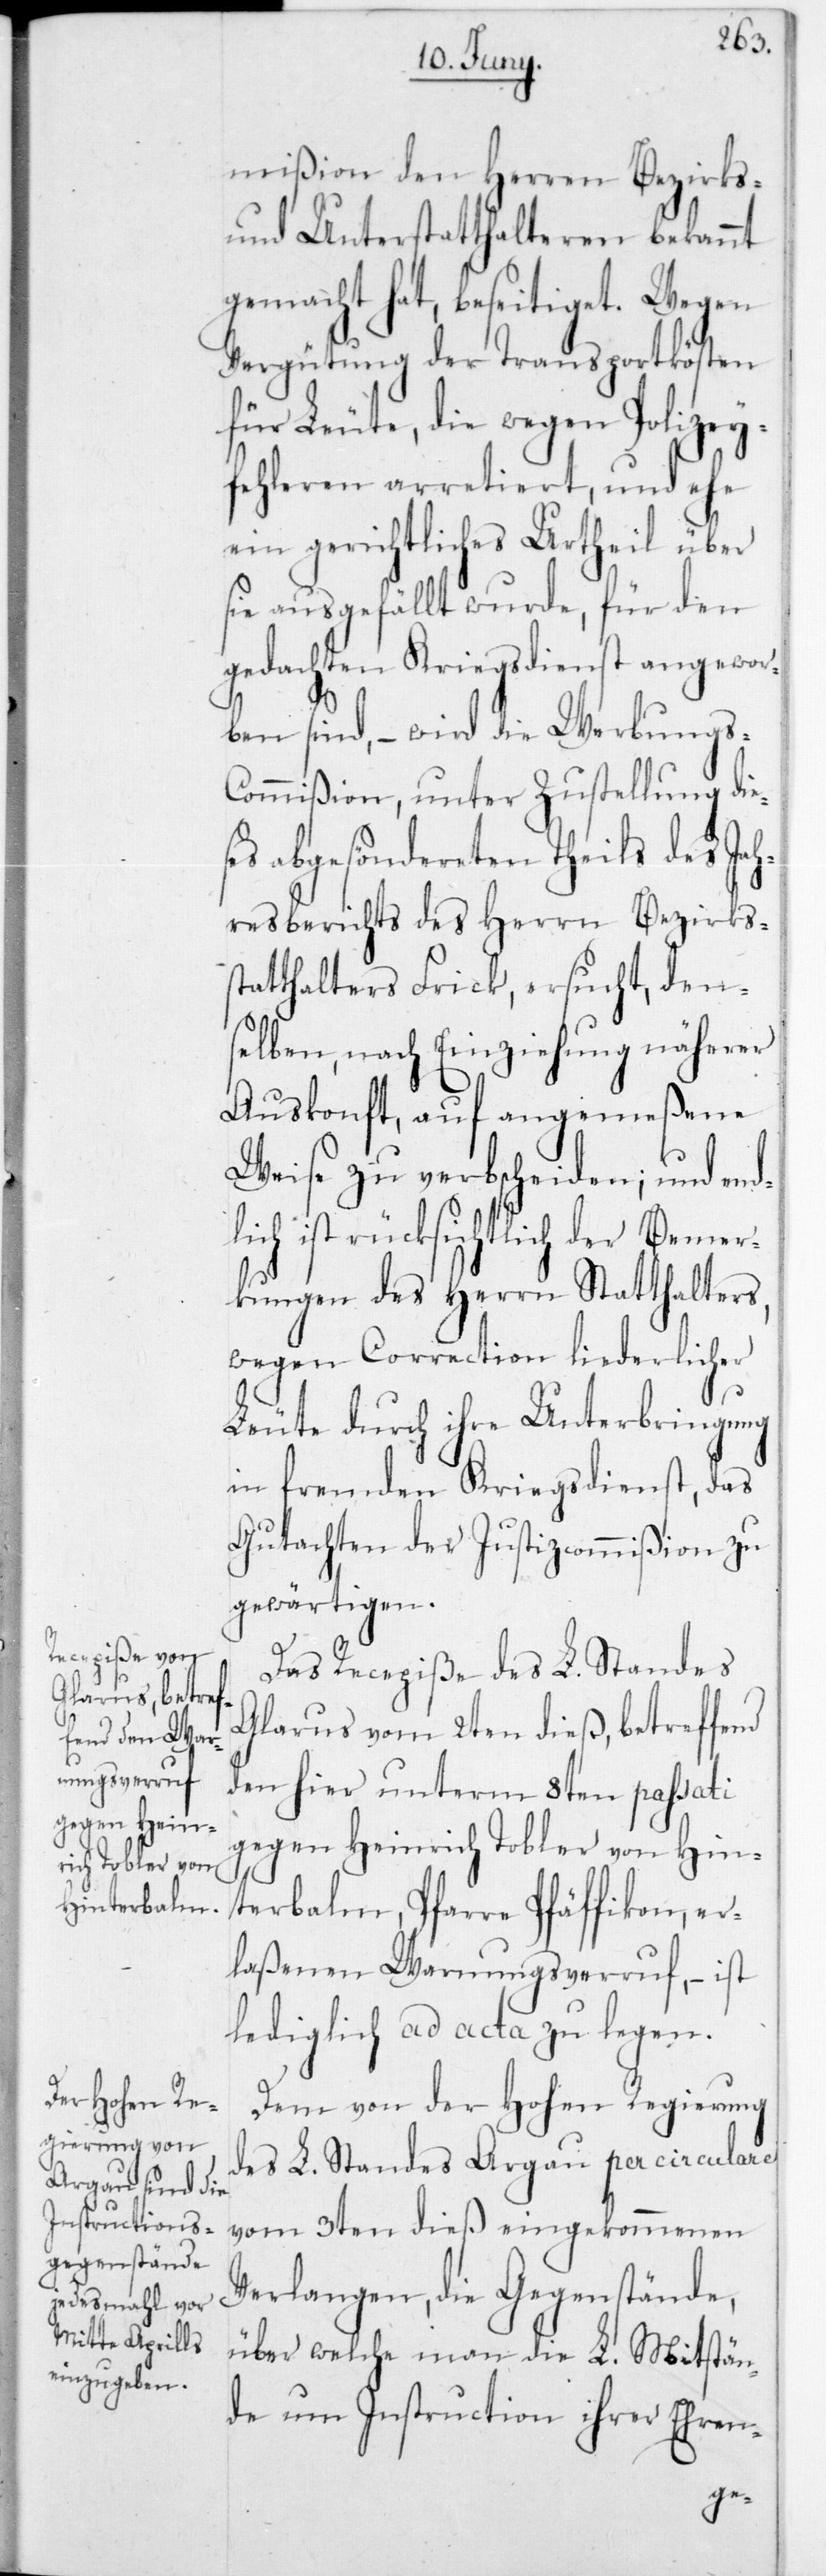
mißion den Herren Bezirks-
und Unterstatthalteren bekannt
gemacht hat, beseitiget. Wegen
Vergütung der Transportkösten
für Leute, die wegen Polizey¬
fehleren arretiert, und ehe
ein gerichtliches Urtheil über
sie ausgefällt wurde, für den
gedachten Kriegsdienst angewor¬
ben sind, – wird die Werbungs-C¬
ommißion, unter Zustellung die¬
ses abgesöndereten Theils des Jah¬
resberichts des Herrn Bezirkss¬
tatthalters Frick, ersucht, den¬
selben, nach Einziehung näherer
Auskonft, auf angemeßene
Weise zu verbscheiden; und end¬
lich ist rücksichtlich der Bemer¬
kungen des Herrn Statthalters,
wegen Correction liederlicher
Leute durch ihre Unterbringung
in fremden Kriegsdienst, das
Gutachten der Justizcommißion zu
gewärtigen.
Das Recepiße des L. Standes
Glarus vom 2ten dieß, betreffend
den hier unterm 8ten passati
gegen Heinrich Tobler von Hin¬
terbalm, Pfarre Pfäffikon, er¬
laßenen Warnungsverruf, ist
lediglich ad acta zu legen.
Den von der Hohen Regierung
des L. Standes Argau per Circulare
vom 3ten dieß eingekommenen
Verlangen, die Gegenstände,
über welche man die L. Mitstän¬
de um Instruction ihrer Ehren-